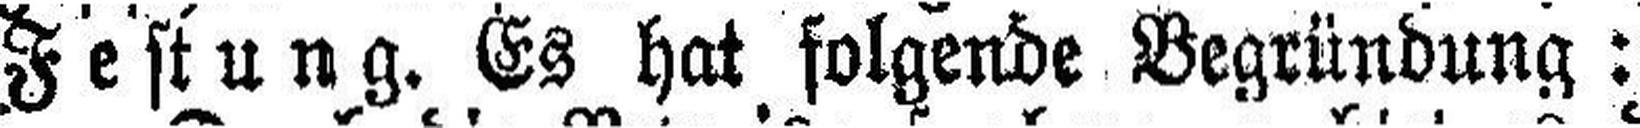
Festung. Es hat folgende Begründung: